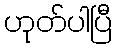
ဟုတ်ပါပြီ